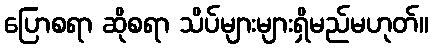
ပြောစရာ ဆိုစရာ သိပ်များများရှိမည်မဟုတ်။